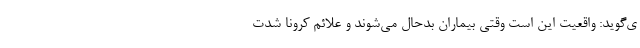
ی‌گوید: واقعیت این است وقتی بیماران بدحال می‌شوند و علائم کرونا شدت